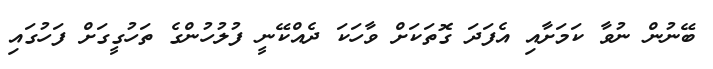
ބޭނުން ނުވާ ކަމަށާއި އެފަދަ ގޮތަކަށް ވާހަކަ ދެއްކޭނީ ފުލުހުންގެ ތަހުގީގަށް ފަހުގައި